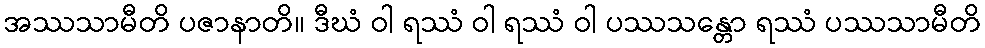
အဿသာမီတိ ပဇာနာတိ။ ဒီဃံ ဝါ ရဿံ ဝါ ရဿံ ဝါ ပဿသန္တော ရဿံ ပဿသာမီတိ